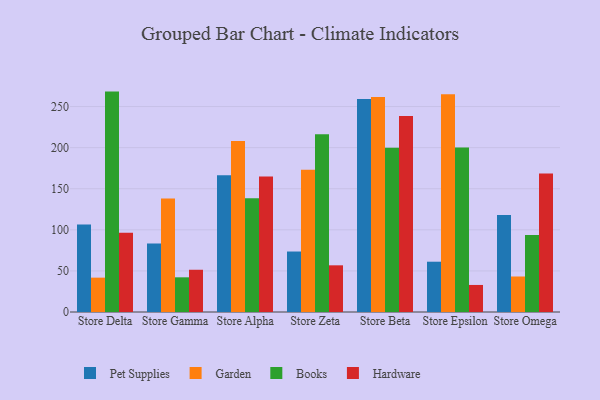
{"axis": {"x": "Store", "y": "LTV (USD)"}, "legend": ["Books", "Garden", "Hardware", "Pet Supplies"], "data": [{"x": "Store Delta", "y": 106.6, "type": "Pet Supplies"}, {"x": "Store Delta", "y": 41.8, "type": "Garden"}, {"x": "Store Delta", "y": 268.2, "type": "Books"}, {"x": "Store Delta", "y": 96.4, "type": "Hardware"}, {"x": "Store Gamma", "y": 83.4, "type": "Pet Supplies"}, {"x": "Store Gamma", "y": 138.2, "type": "Garden"}, {"x": "Store Gamma", "y": 42.2, "type": "Books"}, {"x": "Store Gamma", "y": 51.4, "type": "Hardware"}, {"x": "Store Alpha", "y": 166.5, "type": "Pet Supplies"}, {"x": "Store Alpha", "y": 208.1, "type": "Garden"}, {"x": "Store Alpha", "y": 138.5, "type": "Books"}, {"x": "Store Alpha", "y": 165.0, "type": "Hardware"}, {"x": "Store Zeta", "y": 73.6, "type": "Pet Supplies"}, {"x": "Store Zeta", "y": 173.0, "type": "Garden"}, {"x": "Store Zeta", "y": 216.2, "type": "Books"}, {"x": "Store Zeta", "y": 56.8, "type": "Hardware"}, {"x": "Store Beta", "y": 259.1, "type": "Pet Supplies"}, {"x": "Store Beta", "y": 261.5, "type": "Garden"}, {"x": "Store Beta", "y": 199.9, "type": "Books"}, {"x": "Store Beta", "y": 238.5, "type": "Hardware"}, {"x": "Store Epsilon", "y": 61.2, "type": "Pet Supplies"}, {"x": "Store Epsilon", "y": 265.0, "type": "Garden"}, {"x": "Store Epsilon", "y": 200.3, "type": "Books"}, {"x": "Store Epsilon", "y": 32.9, "type": "Hardware"}, {"x": "Store Omega", "y": 117.9, "type": "Pet Supplies"}, {"x": "Store Omega", "y": 43.2, "type": "Garden"}, {"x": "Store Omega", "y": 93.7, "type": "Books"}, {"x": "Store Omega", "y": 168.4, "type": "Hardware"}]}